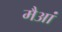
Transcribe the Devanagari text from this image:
मैआं